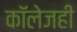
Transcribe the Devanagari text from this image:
काॅलेजही